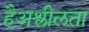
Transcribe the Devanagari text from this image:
हैअश्लीलता